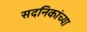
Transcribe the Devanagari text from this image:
सदनिकांच्या